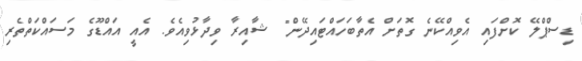
ޑިސްޕްލޭ ކޮށްފައި އެވިއްކޭނެ ގޮތަށް އެތާބަހައްޓައިދޭން" ޝާއިރާ ވިދާޅުވިއެވެ. އެއީ އައްޑޫގެ މަސައްކަތްތެރި